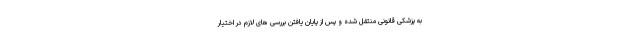
به پزشکی قانونی منتقل شده و پس از پایان یافتن بررسی های لازم در اختیار